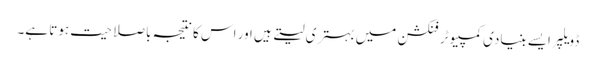
ڈویلپر ایسے بنیادی کمپیوٹر فنکشن میں بہتری لیتے ہیں اور اس کا نتیجہ باصلاحیت ہوتا ہے۔